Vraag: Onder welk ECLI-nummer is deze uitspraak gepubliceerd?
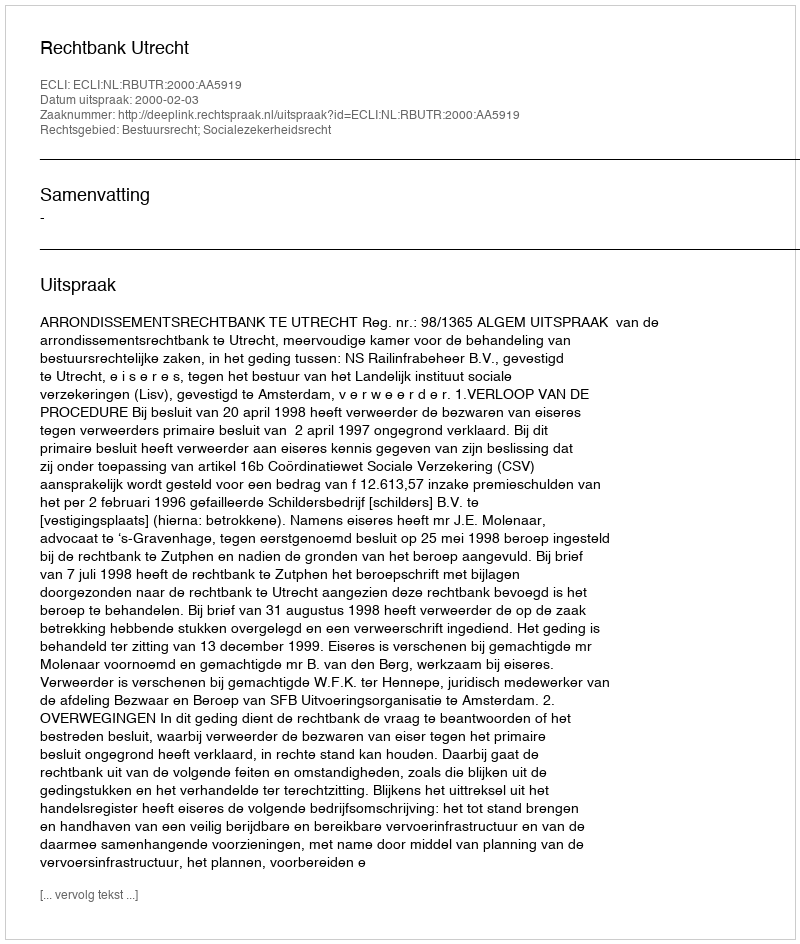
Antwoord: ECLI:NL:RBUTR:2000:AA5919